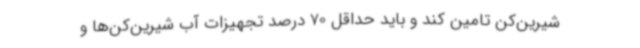
شیرین‌کن تامین کند و باید حداقل 70 درصد تجهیزات آب شیرین‌کن‌ها و